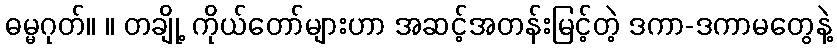
ဓမ္မဂုတ်။ ။ တချို့ ကိုယ်တော်များဟာ အဆင့်အတန်းမြင့်တဲ့ ဒကာ-ဒကာမတွေနဲ့